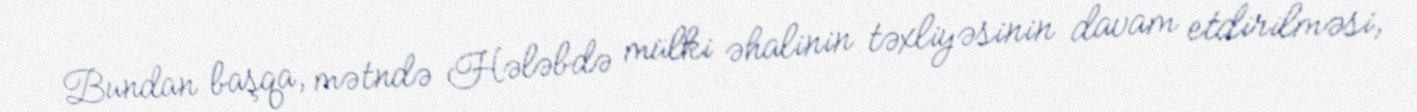
Bundan başqa, mətndə Hələbdə mülki əhalinin təxliyəsinin davam etdirilməsi,